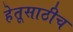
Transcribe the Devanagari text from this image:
हेतूसाठीच